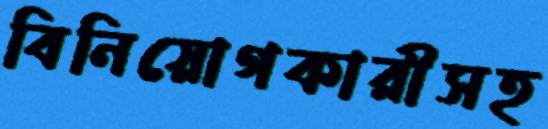
বিনিয়োগকারীসহ